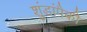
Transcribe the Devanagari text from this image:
शुंडांपैकी